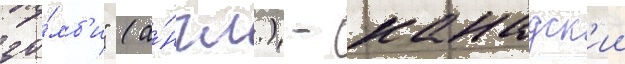
зо́мб'и" (а́нгл.) - канадск'ии